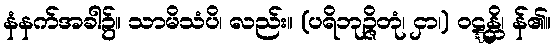
နံနက်အခါ၌။ သာမိသံပိ၊ လည်း။ (ပရိဘုဉ္ဇိတုံ၊ ငှာ၊) ဝဋ္ဋန္တိ၊ န်၏။